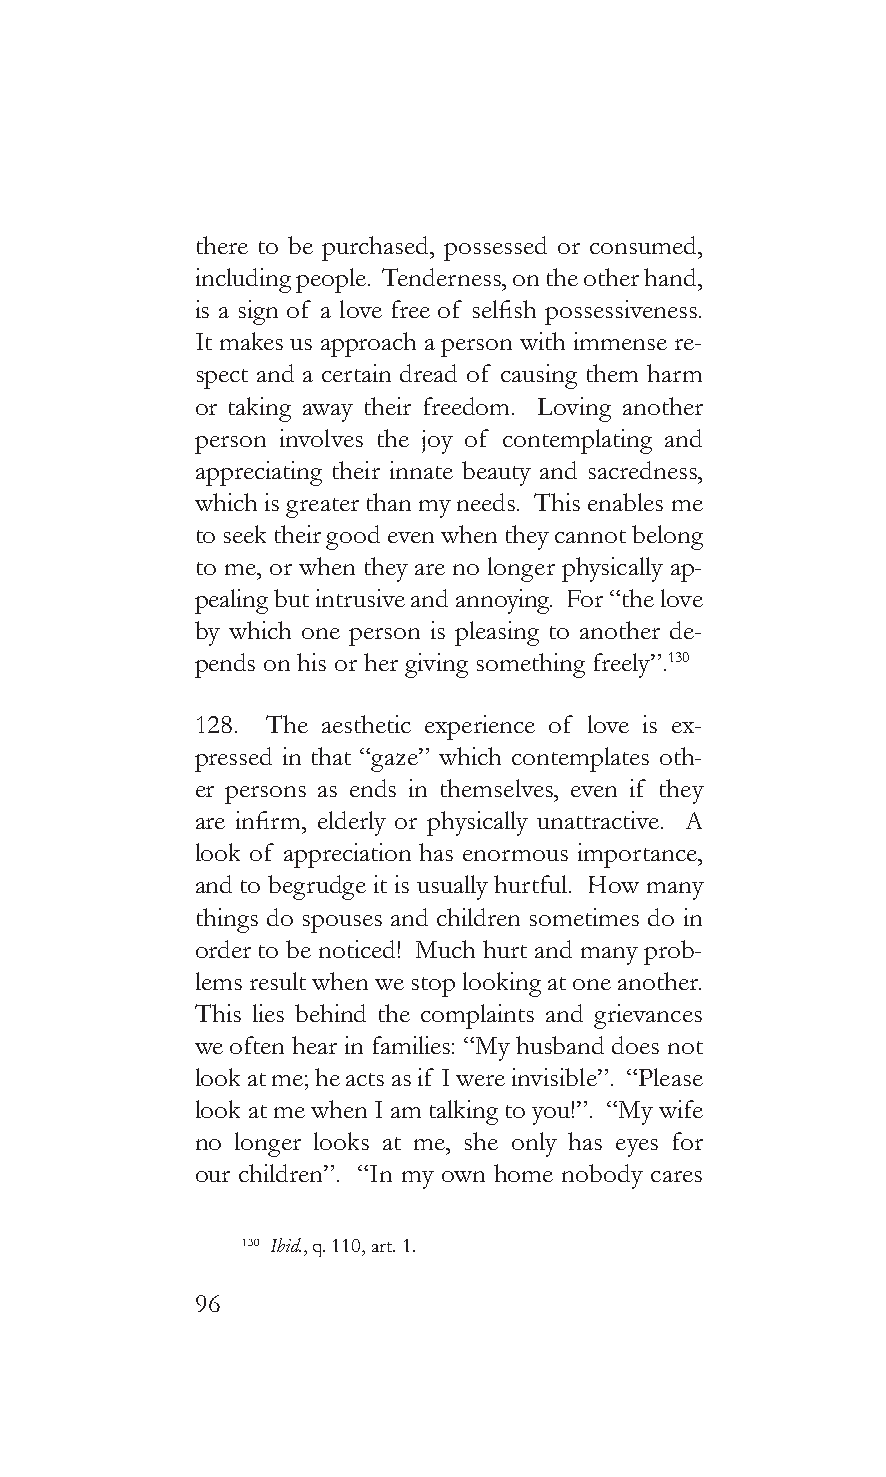
there to be purchased, possessed or consumed,
 including people. Tenderness, on the other hand,
 is a sign of a love free of selfish possessiveness.
 It makes us approach a person with immense re-
 spect and a certain dread of causing them harm
 or taking away their freedom. Loving another
 person involves the joy of contemplating and
 appreciating their innate beauty and sacredness,
 which is greater than my needs. This enables me
 to seek their good even when they cannot belong
 to me, or when they are no longer physically ap-
 pealing but intrusive and annoying. For “the love
 by which one person is pleasing to another de-
 pends on his or her giving something freely”.130
 128. The aesthetic experience of love is ex-
 pressed in that “gaze” which contemplates oth-
 er persons as ends in themselves, even if they
 are infirm, elderly or physically unattractive. A
 look of appreciation has enormous importance,
 and to begrudge it is usually hurtful. How many
 things do spouses and children sometimes do in
 order to be noticed! Much hurt and many prob-
 lems result when we stop looking at one another.
 This lies behind the complaints and grievances
 we often hear in families: “My husband does not
 look at me; he acts as if I were invisible”. “Please
 look at me when I am talking to you!”. “My wife
 no longer looks at me, she only has eyes for
 our children”. “In my own home nobody cares
 130 Ibid., q. 110, art. 1.
 96